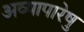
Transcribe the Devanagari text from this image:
अव्यापारेषु